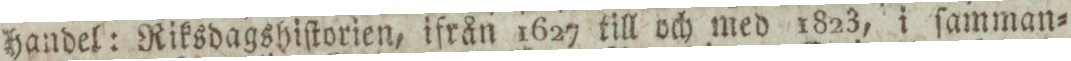
handel: Riksdagshiſtorien, ifrån 1627 till och med 1823, i ſamman=